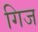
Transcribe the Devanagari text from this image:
गिज